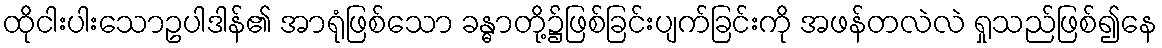
ထိုငါးပါးသောဥပါဒါန်၏ အာရုံဖြစ်သော ခန္ဓာတို့၌ဖြစ်ခြင်းပျက်ခြင်းကို အဖန်တလဲလဲ ရှုသည်ဖြစ်၍နေ